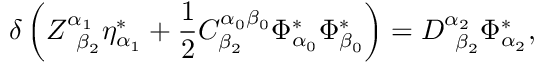
\delta \left( Z _ { \; \; \beta _ { 2 } } ^ { \alpha _ { 1 } } \eta _ { \alpha _ { 1 } } ^ { * } + \frac 1 2 C _ { \beta _ { 2 } } ^ { \alpha _ { 0 } \beta _ { 0 } } \Phi _ { \alpha _ { 0 } } ^ { * } \Phi _ { \beta _ { 0 } } ^ { * } \right) = D _ { \; \; \beta _ { 2 } } ^ { \alpha _ { 2 } } \Phi _ { \alpha _ { 2 } } ^ { * } ,